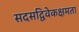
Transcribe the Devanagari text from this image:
सदसद्विवेकक्षमता